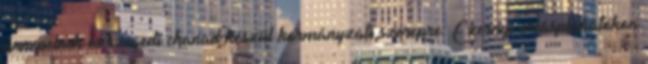
ünnepelnek és szegedi chanad készül kormányzati szerepre. Ezernyi óriásplakátokon